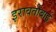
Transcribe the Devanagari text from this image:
इरावतीबाई